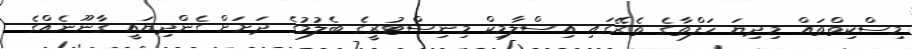
މިސްކިތްތައް މިދިޔަ ހަފްތާގެ ތެރޭގައި އިސްލާމިކް މިނިސްޓުރީގެ ބެލުމުގެ ދަށަށް ގެންދިޔައީ ގާނޫނެއްގެ